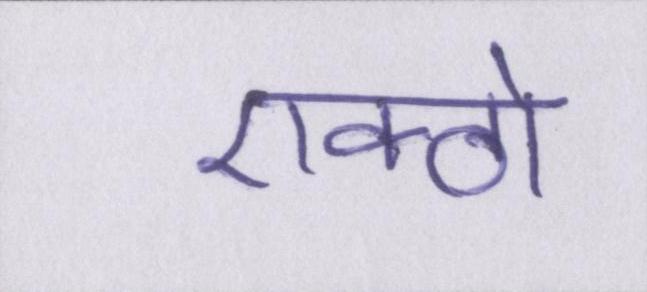
एक्ठो